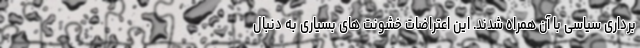
برداری سیاسی با آن همراه شدند. این اعتراضات خشونت های بسیاری به دنبال